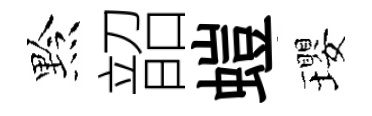
黔韶螘瓔